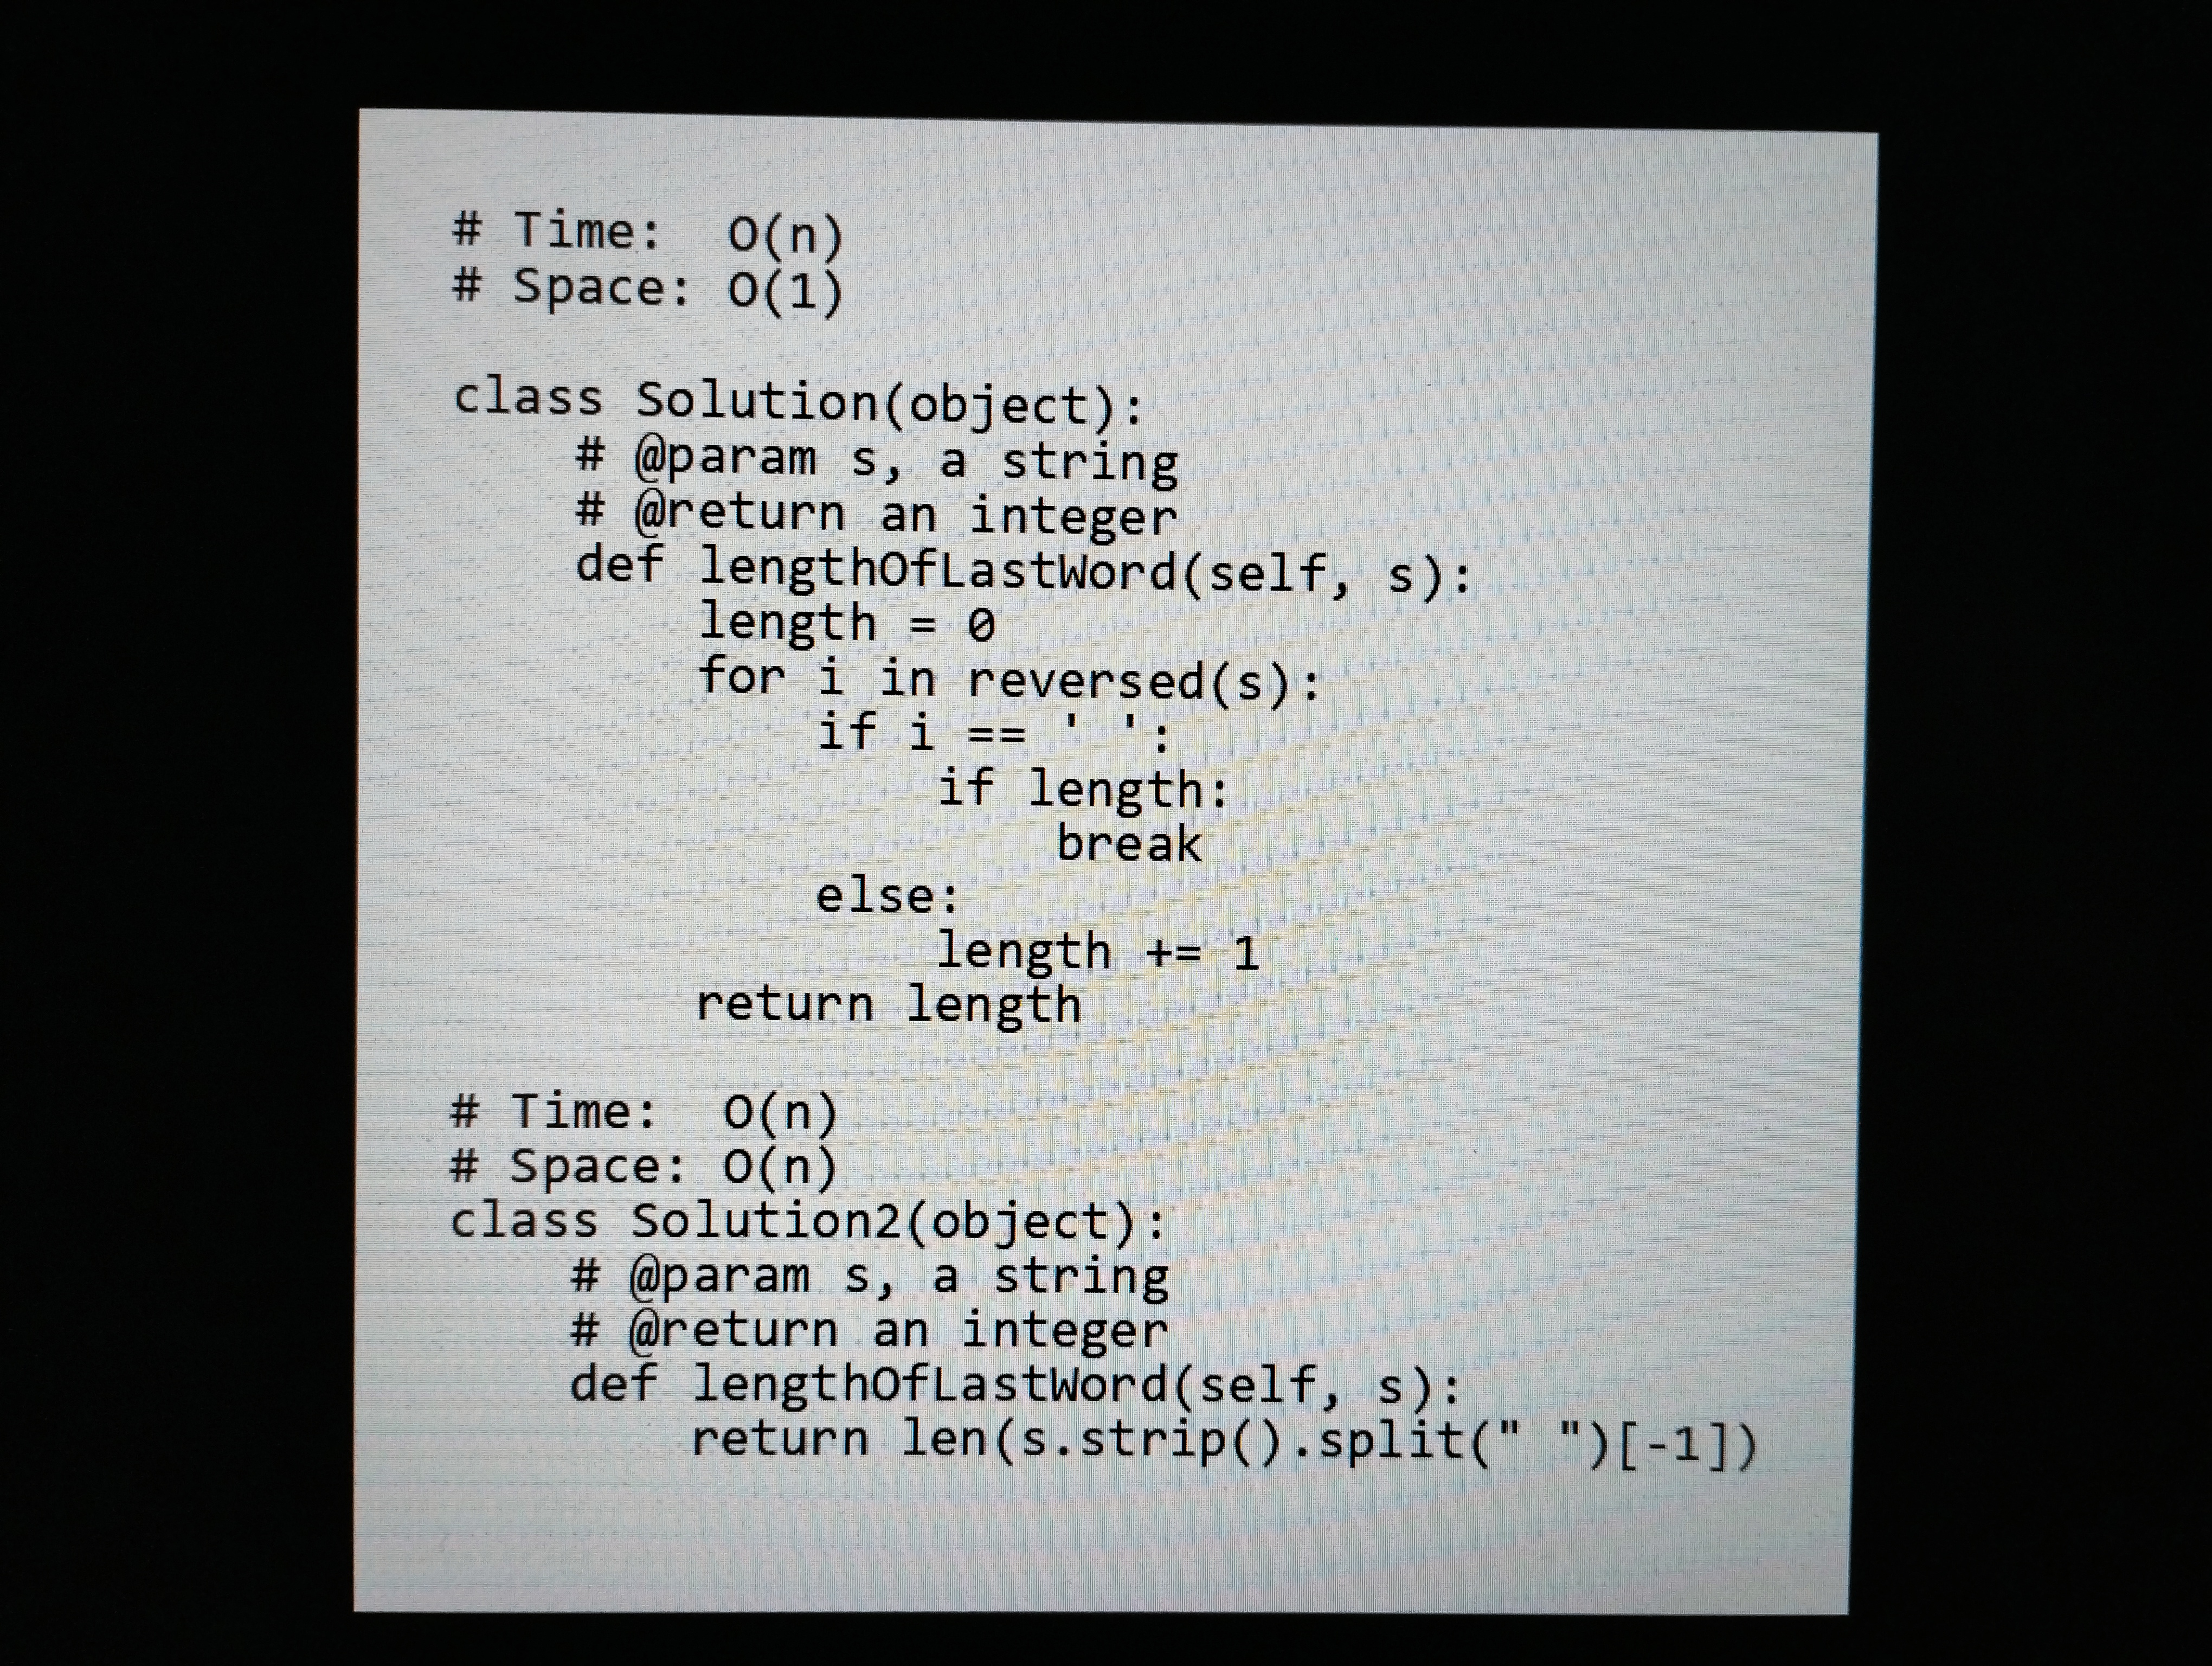
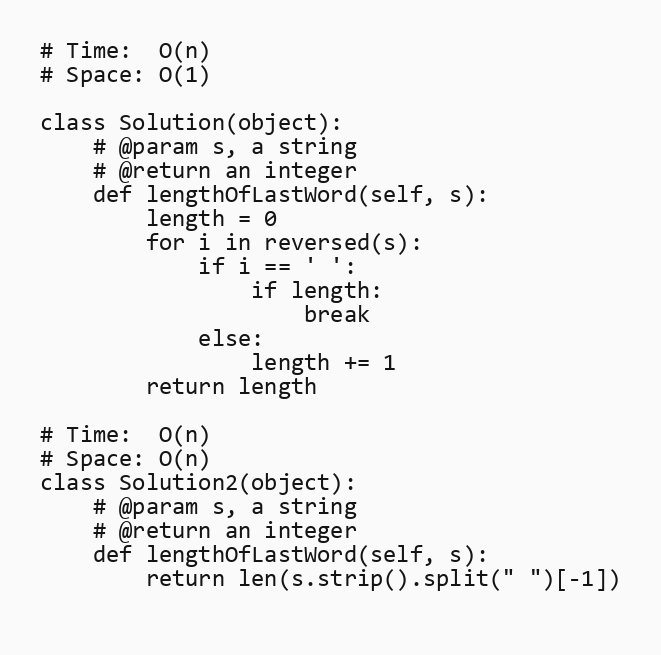
# Time:  O(n)
# Space: O(1)

class Solution(object):
    # @param s, a string
    # @return an integer
    def lengthOfLastWord(self, s):
        length = 0
        for i in reversed(s):
            if i == ' ':
                if length:
                    break
            else:
                length += 1
        return length

# Time:  O(n)
# Space: O(n)
class Solution2(object):
    # @param s, a string
    # @return an integer
    def lengthOfLastWord(self, s):
        return len(s.strip().split(" ")[-1])